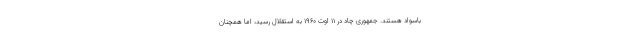
باسواد هستند. جمهوری چاد در ۱۱ اوت ۱۹۶۰ به استقلال رسید، اما همچنان